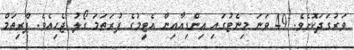
ވަރުގަދަކޮށެވެ. 49 ވަނަ މިނެޓުގައި އިންޑިއާއިން އެޓީމުގެ ފުރަތަމަ ގޯލު ޖެހިއެވެ. ޕްރިތަމް